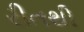
રીતથી